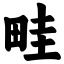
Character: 畦